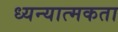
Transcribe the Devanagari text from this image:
ध्यन्यात्मकता